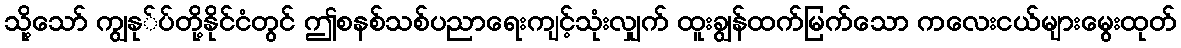
သို့သော် ကျွနု်ပ်တို့နိုင်ငံတွင် ဤစနစ်သစ်ပညာရေးကျင့်သုံးလျှက် ထူးချွန်ထက်မြက်သော ကလေးငယ်များမွေးထုတ်